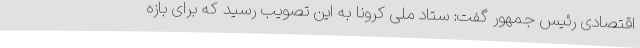
اقتصادی رئیس جمهور گفت: ستاد ملی کرونا به این تصویب رسید که برای بازه